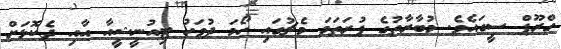
ގްރޫޕް ސީގައެވެ. މުބާރާތުގެ ފުރަތަމަ މެޗުގައި ހޯމަ ދުވަހު ޓިއުނީޝީއާ އާއި ދެކޮޅަށް